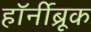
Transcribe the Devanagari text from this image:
हॉर्नीब्रूक